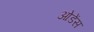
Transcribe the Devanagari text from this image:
ओडेंस